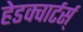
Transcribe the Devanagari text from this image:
हेडक्वार्टर्स्